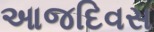
આજદિવસ